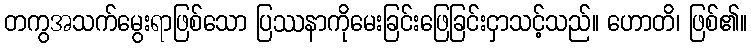
တကွအသက်မွေးရာဖြစ်သော ပြဿနာကိုမေးခြင်းဖြေခြင်းငှာသင့်သည်။ ဟောတိ၊ ဖြစ်၏။